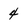
Character: 4